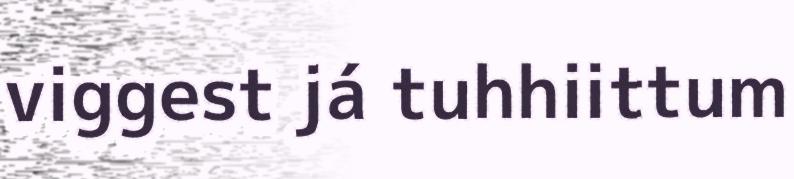
viggest já tuhhiittum